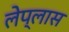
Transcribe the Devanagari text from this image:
लेप्लास